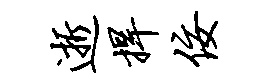
逝捍佞